Mobilization store table India
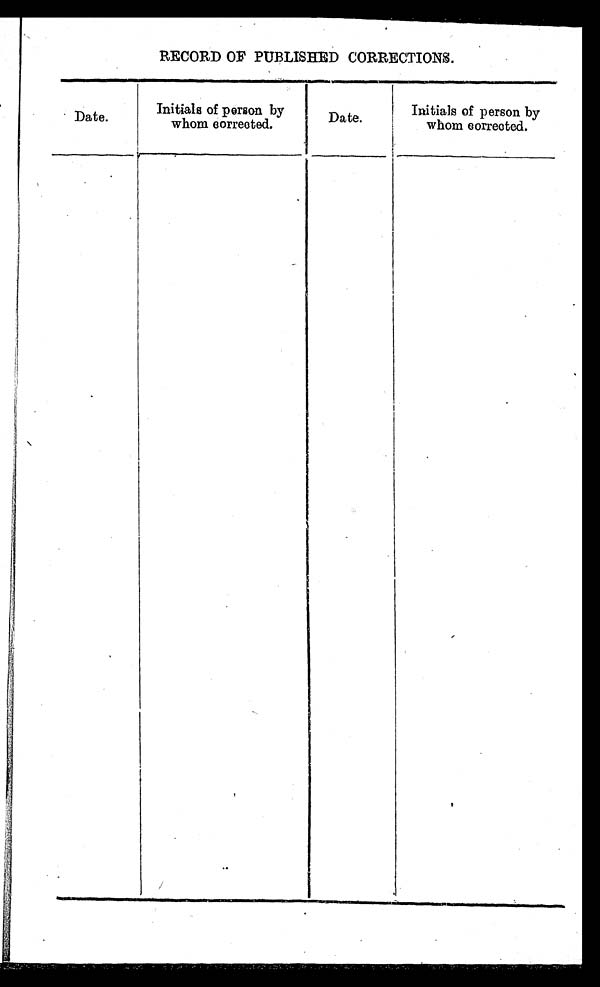
RECORD OF PUBLISHED CORRECTIONS.
Date.
Initials of person by
whom corrected.
Date.
Initials of person by
whom corrected.